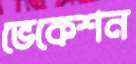
ভেকেশন